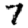
Digit: 7